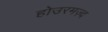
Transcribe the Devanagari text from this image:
होउरमज़्द